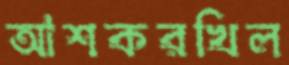
আশকরখিল